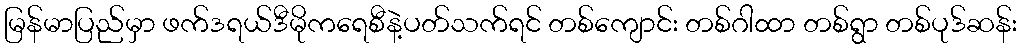
မြန်မာပြည်မှာ ဖက်ဒရယ်ဒီမိုကရေစီနဲ့ပတ်သက်ရင် တစ်ကျောင်း တစ်ဂါထာ တစ်ရွာ တစ်ပုဒ်ဆန်း